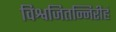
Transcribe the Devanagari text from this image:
विश्वजितन्निरीहं